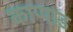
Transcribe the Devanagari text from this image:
काप्पाड